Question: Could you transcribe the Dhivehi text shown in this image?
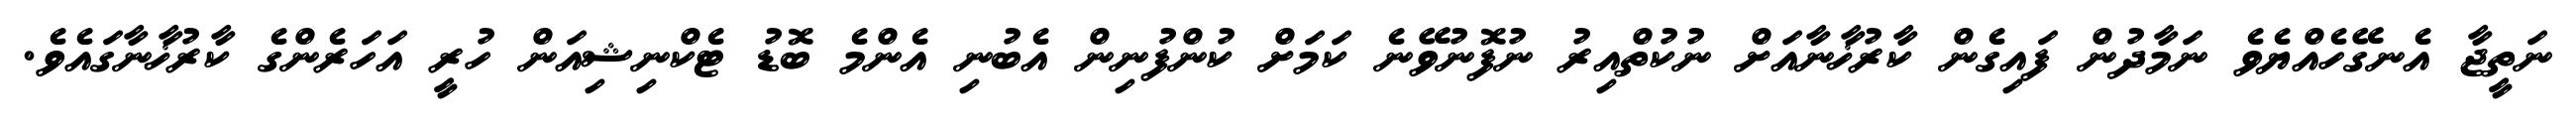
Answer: ނަތީޖާ އެނގޭހެއްޔެވެ ނަމާދުން ފައިގެން ކާރުޚާނާއަށް ނުކުތްއިރު ނުފޮނުވޭނެ ކަމަށް ކުންފުނިން އެބުނި އެންމެ ބޮޑު ޓެކްނިޝިއަން ހުރީ އަހަރެންގެ ކާރުޚާނާގައެވެ.